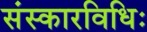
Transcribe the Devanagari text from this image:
संस्कारविधिः